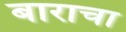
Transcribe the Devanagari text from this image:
बाराचा